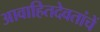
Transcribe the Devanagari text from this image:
आवाहितदेवतांचें